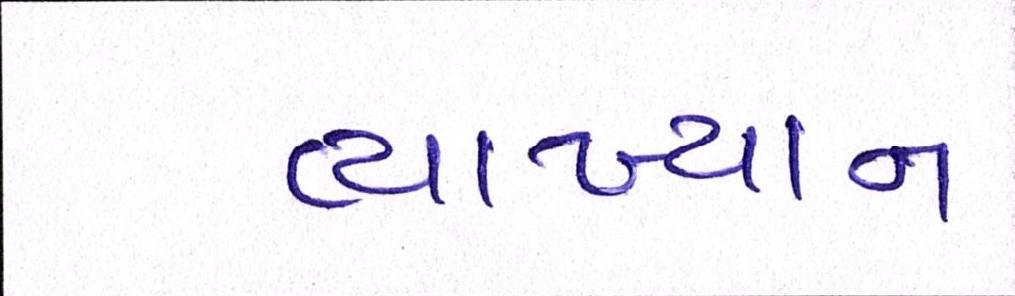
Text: વ્યાખ્યાન